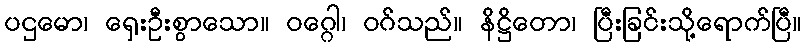
ပဌမော၊ ရှေးဦးစွာသော။ ဝဂ္ဂေါ၊ ဝဂ်သည်။ နိဋ္ဌိတော၊ ပြီးခြင်းသို့ရောက်ပြီ။